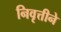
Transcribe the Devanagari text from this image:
निवृत्तीने